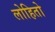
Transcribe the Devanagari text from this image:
लोहितो